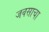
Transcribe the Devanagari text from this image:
जवसाचा